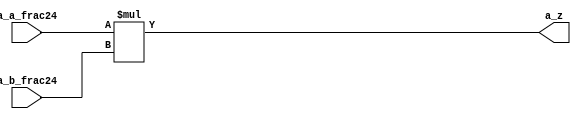
module float_mul_pipe_add (a_a_frac24,a_b_frac24,a_z);
    input [23:0] a_a_frac24,a_b_frac24;
    output [47:0] a_z;
    assign a_z=a_a_frac24*a_b_frac24;
endmodule